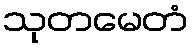
သုတမေတံ